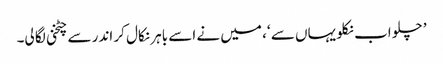
’ چلو اب نکلو یہاں سے ‘، میں نے اسے باہر نکال کر اندر سے چٹخنی لگا لی۔